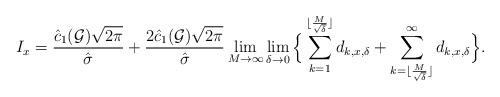
LaTeX: \begin{align*}I_x = \frac{\hat c_1 (\mathcal G) \sqrt{2 \pi}}{\hat \sigma} + \frac{2 \hat c_1 (\mathcal G) \sqrt{2 \pi}}{\hat \sigma}\lim_{M\rightarrow \infty} \lim_{\delta \rightarrow 0}\Big\{\sum_{k=1}^{\lfloor \frac{M}{\sqrt \delta} \rfloor} d_{k,x,\delta}+ \sum_{k={ \lfloor \frac{M}{\sqrt \delta} \rfloor }}^{\infty} d_{k,x,\delta}\Big\}.\end{align*}